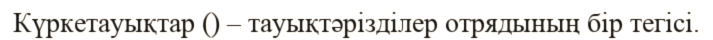
Күркетауықтар () – тауықтәрізділер отрядының бір тегісі.